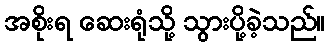
အစိုးရ ဆေးရုံသို့ သွားပို့ခဲ့သည်။